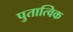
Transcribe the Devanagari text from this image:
पुतात्विक